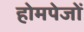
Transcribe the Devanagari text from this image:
होमपेजों